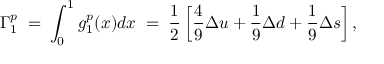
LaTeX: \Gamma _ { 1 } ^ { p } \; = \; \int _ { 0 } ^ { 1 } g _ { 1 } ^ { p } ( x ) d x \; = \; \frac 1 2 \left[ \frac 4 9 \Delta u + \frac 1 9 \Delta d + \frac 1 9 \Delta s \right] ,